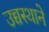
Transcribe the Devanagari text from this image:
उच्चस्थाने